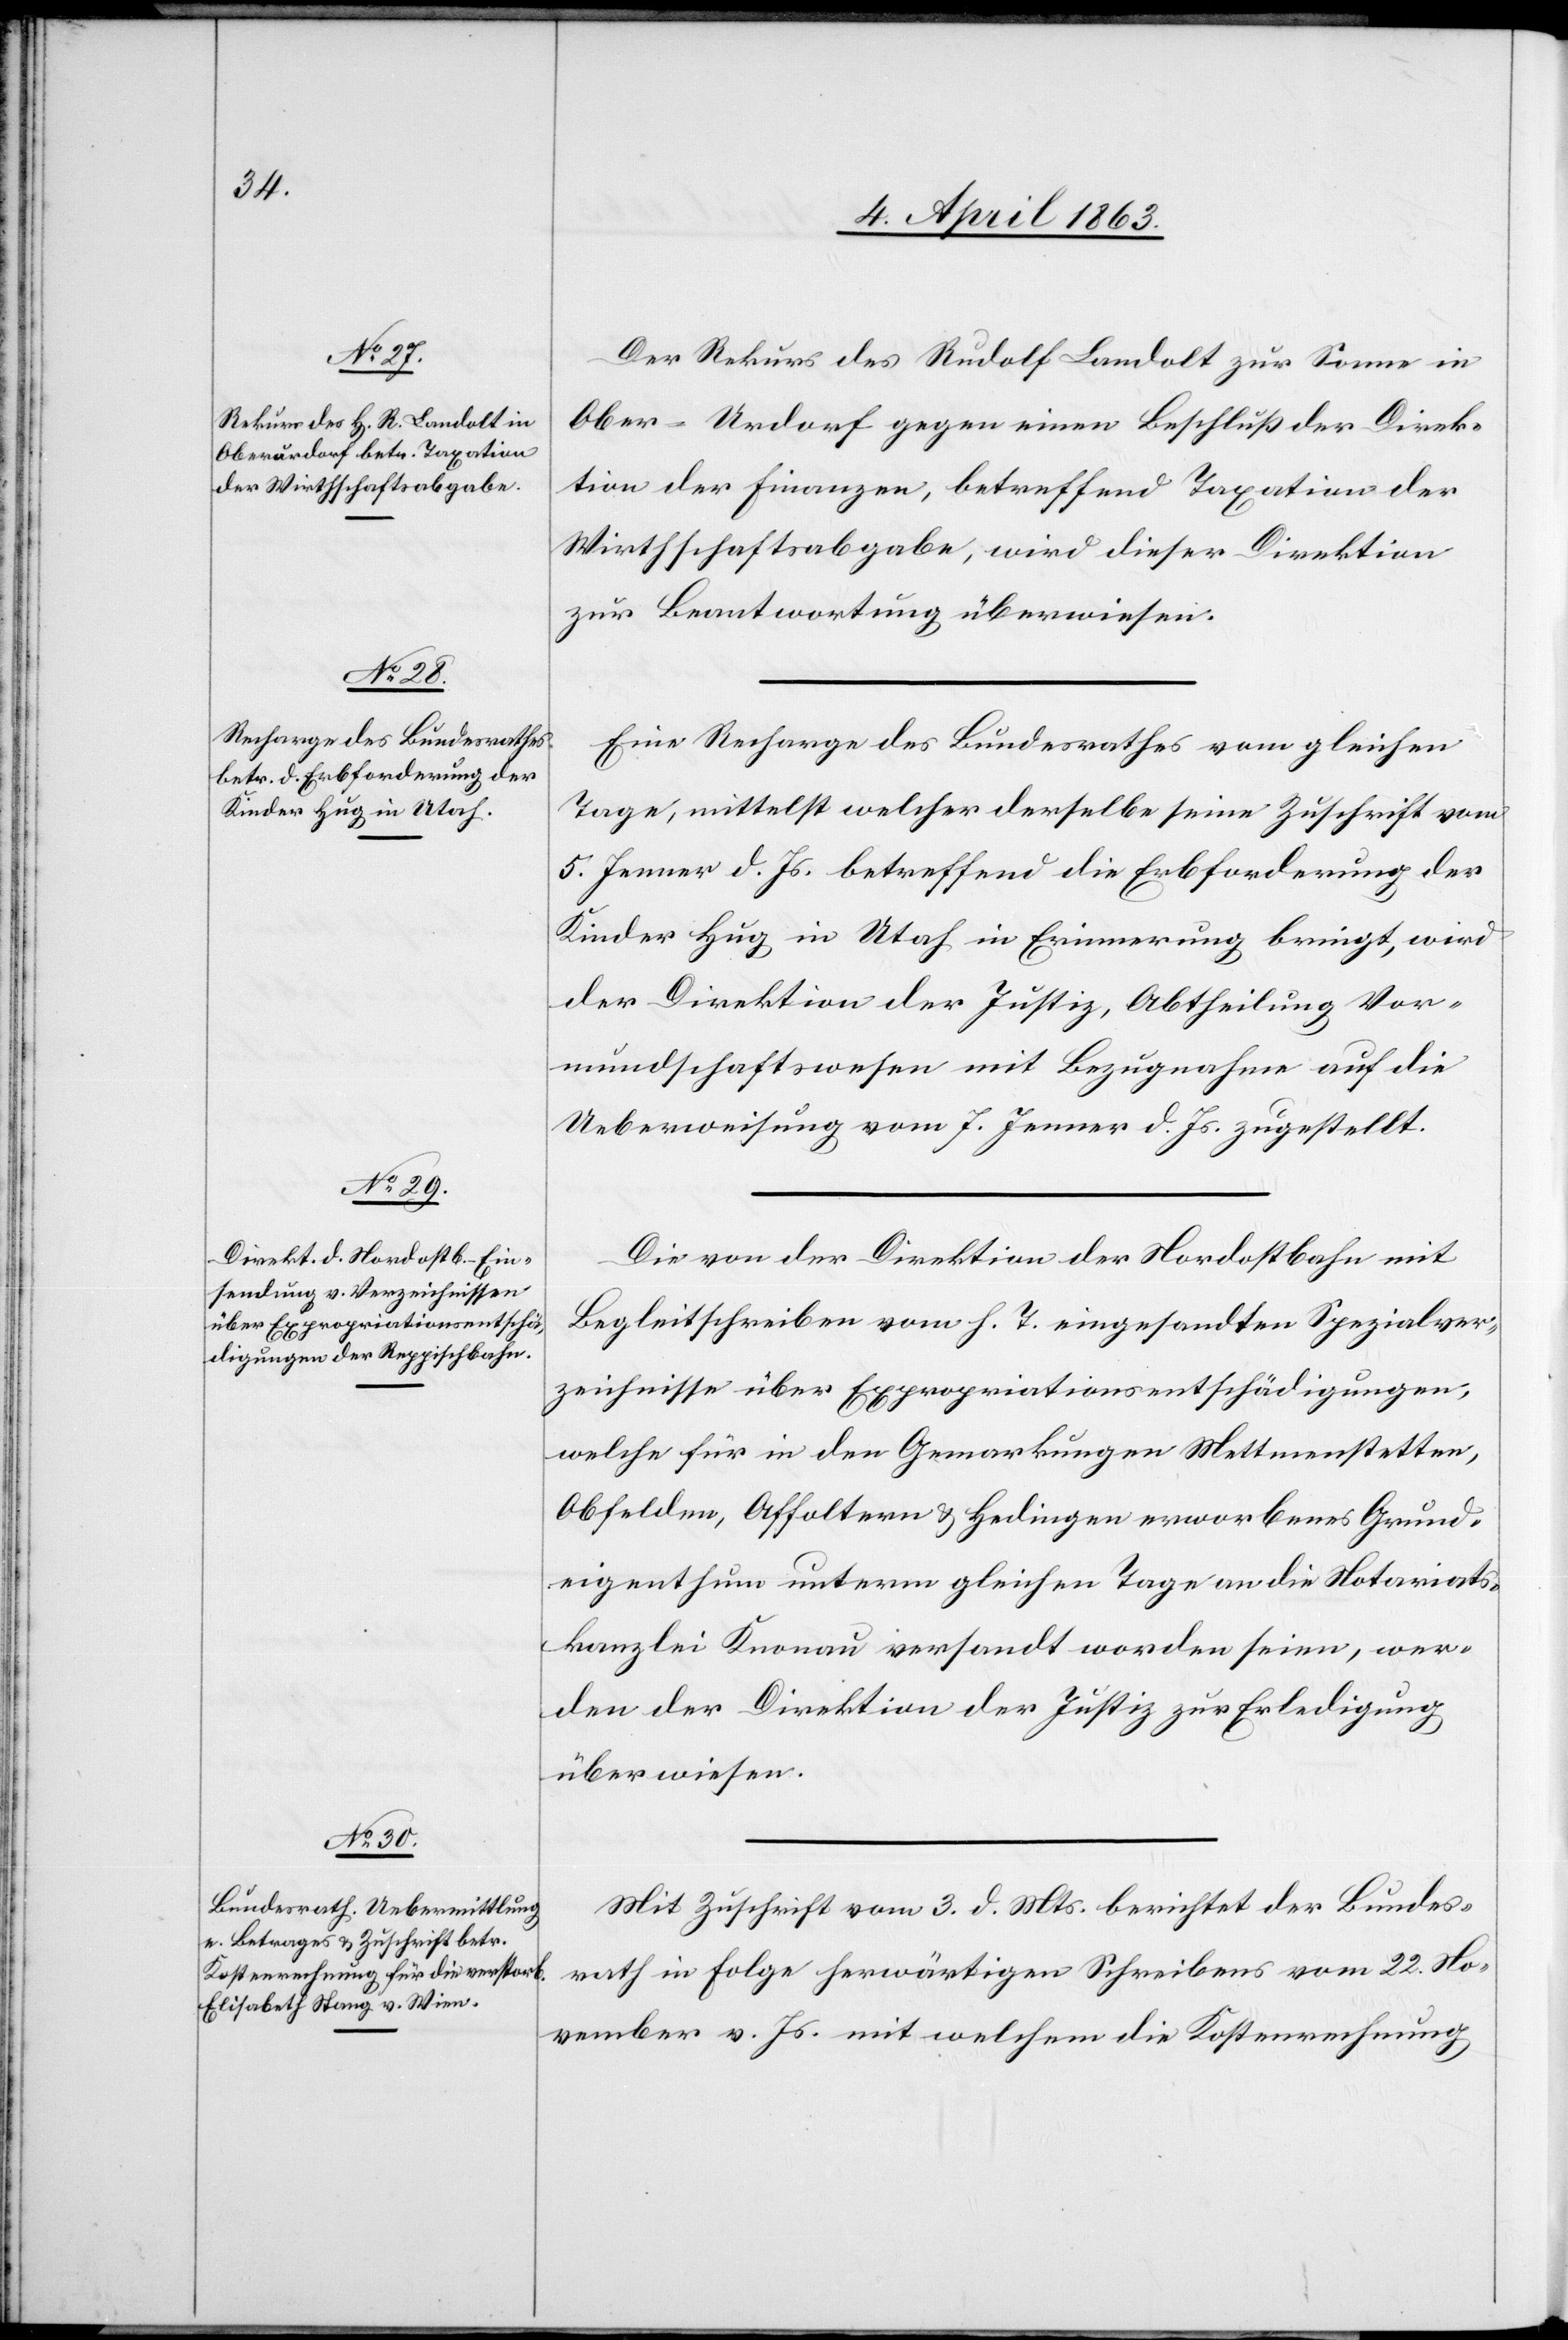
7. April 1863.]
Der Rekurs des Rudolf Landolt zur Sonne in
Ober-Urdorf gegen einen Beschluß der Direk¬
tion der Finanzen, betreffend Taxation der
Wirthschaftsabgabe, wird dieser Direktion
zur Beantwortung überwiesen.
Eine Recharge des Bundesrathes vom gleichen
Tage, mittelst welcher derselbe seine Zuschrift vom
5. Jenner d. Js. betreffend die Erbforderung der
Kinder Hug in Utah in Erinnerung bringt, wird
der Direktion der Justiz, Abtheilung Vor¬
mundschaftswesen mit Bezugnahme auf die
Ueberweisung vom 7. Jenner d. Js. zugestellt.
Die von der Direktion der Nordostbahn mit
Begleitschreiben vom h. T. eingesandten Spezialver¬
zeichnisse über Expropriationsentschädigungen,
welche für in den Gemarkungen Mettmenstetten,
Obfelden, Affoltern & Hedingen erworbenes Grund¬
eigenthum unterm gleichen Tage an die Notariats¬
kanzlei Knonau versandt worden seien, wer¬
den der Direktion der Justiz zur Erledigung
überwiesen.
Mit Zuschrift vom 3. d. Mts. berichtet der Bundes¬
rath in Folge herwärtigen Schreibens vom 22. No¬
vember v. Js. mit welchem die Kostenrechnung